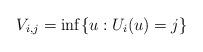
LaTeX: \begin{align*}V_{i,j} = \inf\{u: U_i(u) = j\}\end{align*}